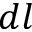
d l